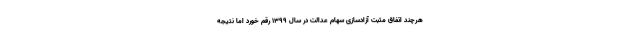
هرچند اتفاق مثبت آزادسازی سهام عدالت در سال ۱۳۹۹ رقم خورد اما نتیجه